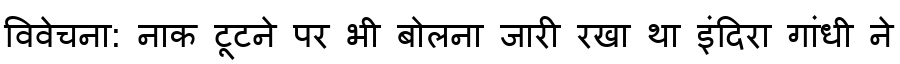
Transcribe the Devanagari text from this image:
विवेचना: नाक टूटने पर भी बोलना जारी रखा था इंदिरा गांधी ने